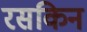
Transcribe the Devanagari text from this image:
रसकिन